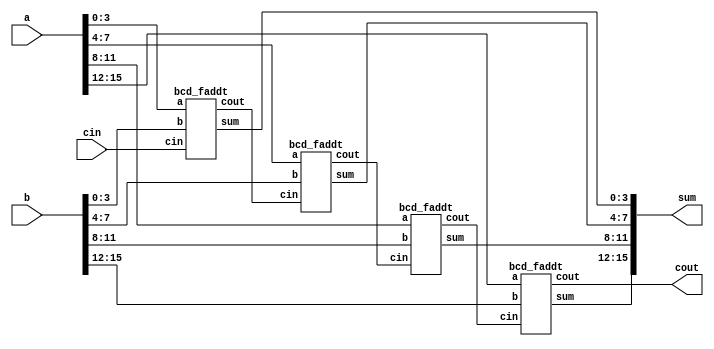
module top_module ( 
    input [15:0] a, b,
    input cin,
    output cout,
    output [15:0] sum );

    wire [4:0]c;
    assign c[0] = cin;
    bcd_faddt bcd_fadd0(a[3:0],   b[3:0],   c[0], c[1], sum[3:0]);
    bcd_faddt bcd_fadd1(a[7:4],   b[7:4],   c[1], c[2], sum[7:4]);
    bcd_faddt bcd_fadd2(a[11:8],  b[11:8],  c[2], c[3], sum[11:8]);
    bcd_faddt bcd_fadd3(a[15:12], b[15:12], c[3], c[4], sum[15:12]);
    assign cout = c[4];
endmodule

module bcd_faddt(
    input [3:0]a, b,
    input cin,
    output cout,
    output [3:0]sum
);
    wire [4:0]temp_sum = {1'b0, a} + {1'b0, b} + {3'd0, cin};
    assign sum = temp_sum > 5'b01001 ? temp_sum[3:0] + 4'b0110 : temp_sum[3:0]; 
    assign cout = temp_sum > 5'b01001;
endmodule